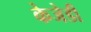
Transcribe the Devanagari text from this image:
केजेडी